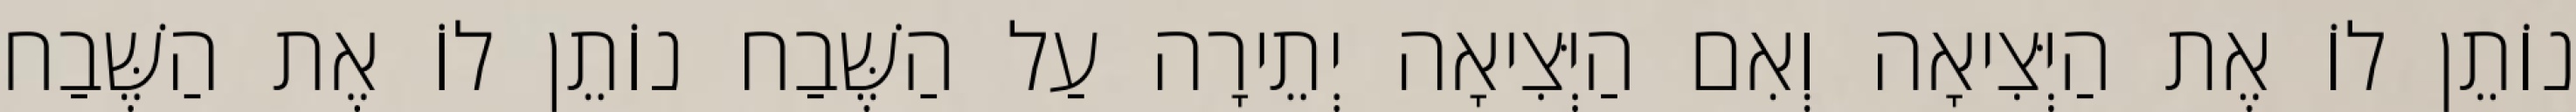
נוֹתֵן לוֹ אֶת הַיְּצִיאָה וְאִם הַיְּצִיאָה יְתֵירָה עַל הַשֶּׁבַח נוֹתֵן לוֹ אֶת הַשֶּׁבַח